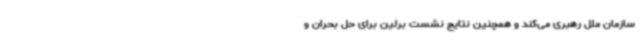
سازمان ملل رهبری می‌کند و همچنین نتایج نشست برلین برای حل بحران و